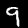
Digit: 9